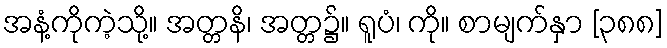
အနံ့ကိုကဲ့သို့။ အတ္တနိ၊ အတ္တ၌။ ရူပံ၊ ကို။ စာမျက်နှာ [၃၈၈]